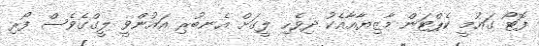
ފޮޓޯ ގައުމީ ކެޕްޓަން މާޒިޔާއާއެކު ދިވެހި ލީގަށް އެނބުރި އައުންވީ ލީގްގެވެސް ފޯރި